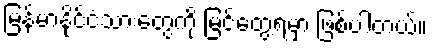
မြန်မာနိုင်ငံသားတွေကို မြင်တွေ့ရမှာ ဖြစ်ပါတယ်။